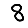
Digit: 8